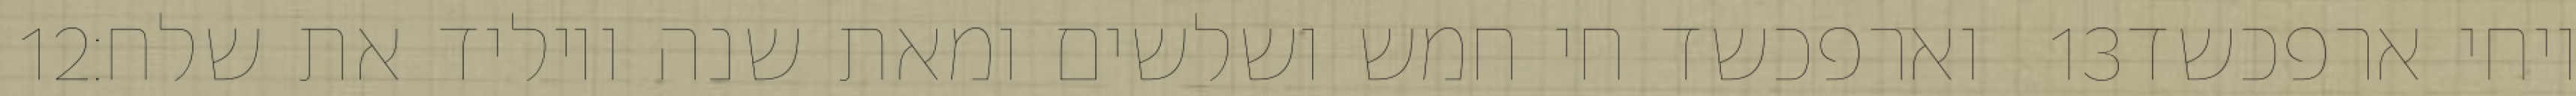
‎12‏ וארפכשד חי חמש ושלשים ומאת שנה ויוליד את שלח׃ ‎13‏ ויחי ארפכשד